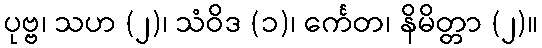
ပုဗ္ဗ၊ သဟ (၂)၊ သံဝိဒ (၁)၊ င်္ကေတ၊ နိမိတ္တာ (၂)။